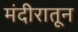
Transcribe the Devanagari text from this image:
मंदीरातून